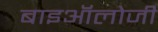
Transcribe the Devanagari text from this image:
बाइऑलोजी